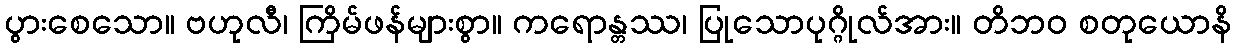
ပွားစေသော။ ဗဟုလီ၊ ကြိမ်ဖန်များစွာ။ ကရောန္တဿ၊ ပြုသောပုဂ္ဂိုလ်အား။ တိဘဝ စတုယောနိ